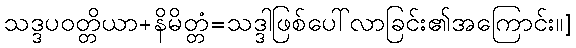
သဒ္ဒပဝတ္တိယာ+နိမိတ္တံ=သဒ္ဒါဖြစ်ပေါ်လာခြင်း၏အကြောင်း။]